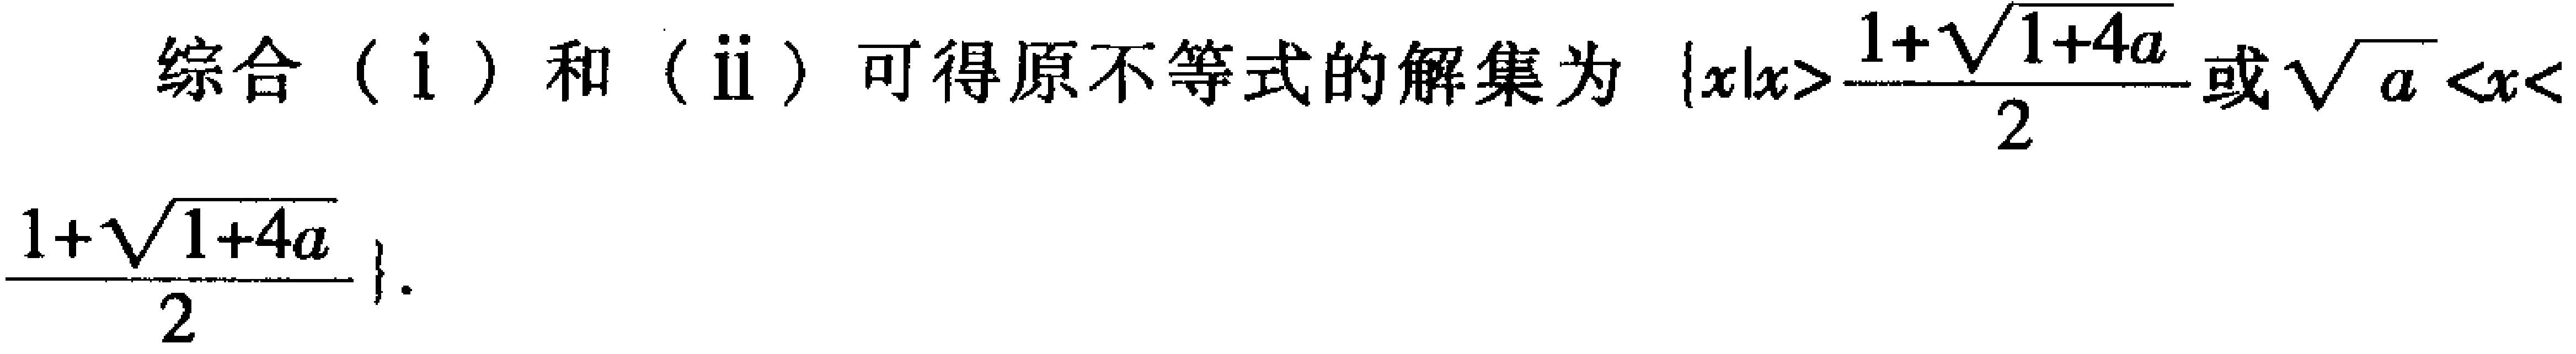
综合（i）和（ii）可得原不等式的解集为\(\{x|x>\frac{1 + \sqrt{1 + 4a}}{2}或\sqrt{a}<x<\frac{1 + \sqrt{1 + 4a}}{2}\}\)。